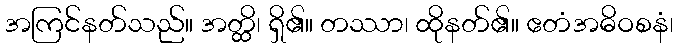
အကြင်နတ်သည်။ အတ္ထိ၊ ရှိ၏။ တဿာ၊ ထိုနတ်၏။ ဧတံအဓိဝစနံ၊